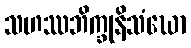
သဟဿဘိက္ခုနိသံဃော